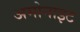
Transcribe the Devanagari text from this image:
अमोनाइट